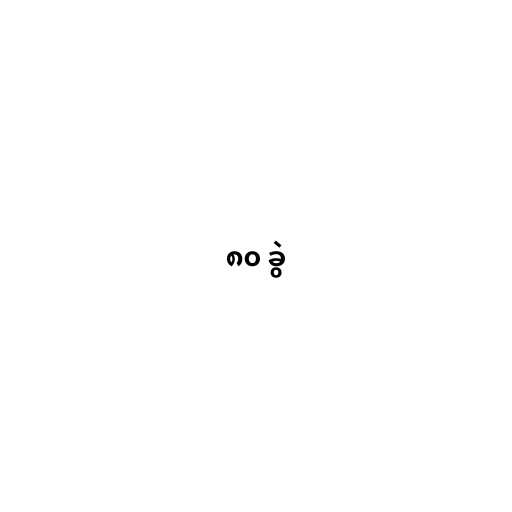
၈၀ ခွဲ